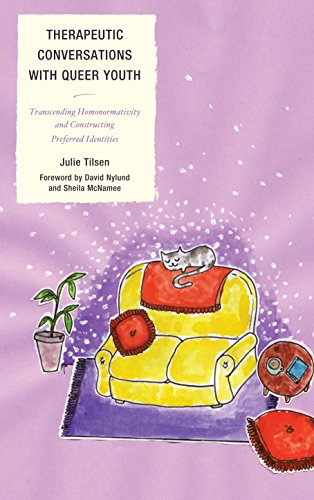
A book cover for Therapeutic Conversations with Queer Youth: Transcending Homonormativity and Constructing Preferred Identities; Julie Tilsen; Medical Books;